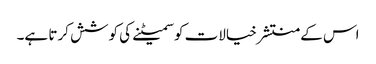
اس کے منتشر خیالات کو سمیٹنے کی کوشش کرتا ہے۔